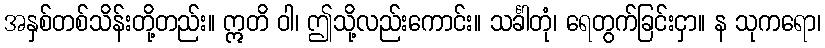
အနှစ်တစ်သိန်းတို့တည်း။ ဣတိ ဝါ၊ ဤသို့လည်းကောင်း။ သင်္ခါတုံ၊ ရေတွက်ခြင်းငှာ။ န သုကရော၊